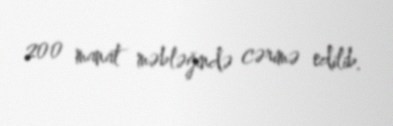
200 manat məbləğində cərimə edilib.